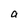
Character: a